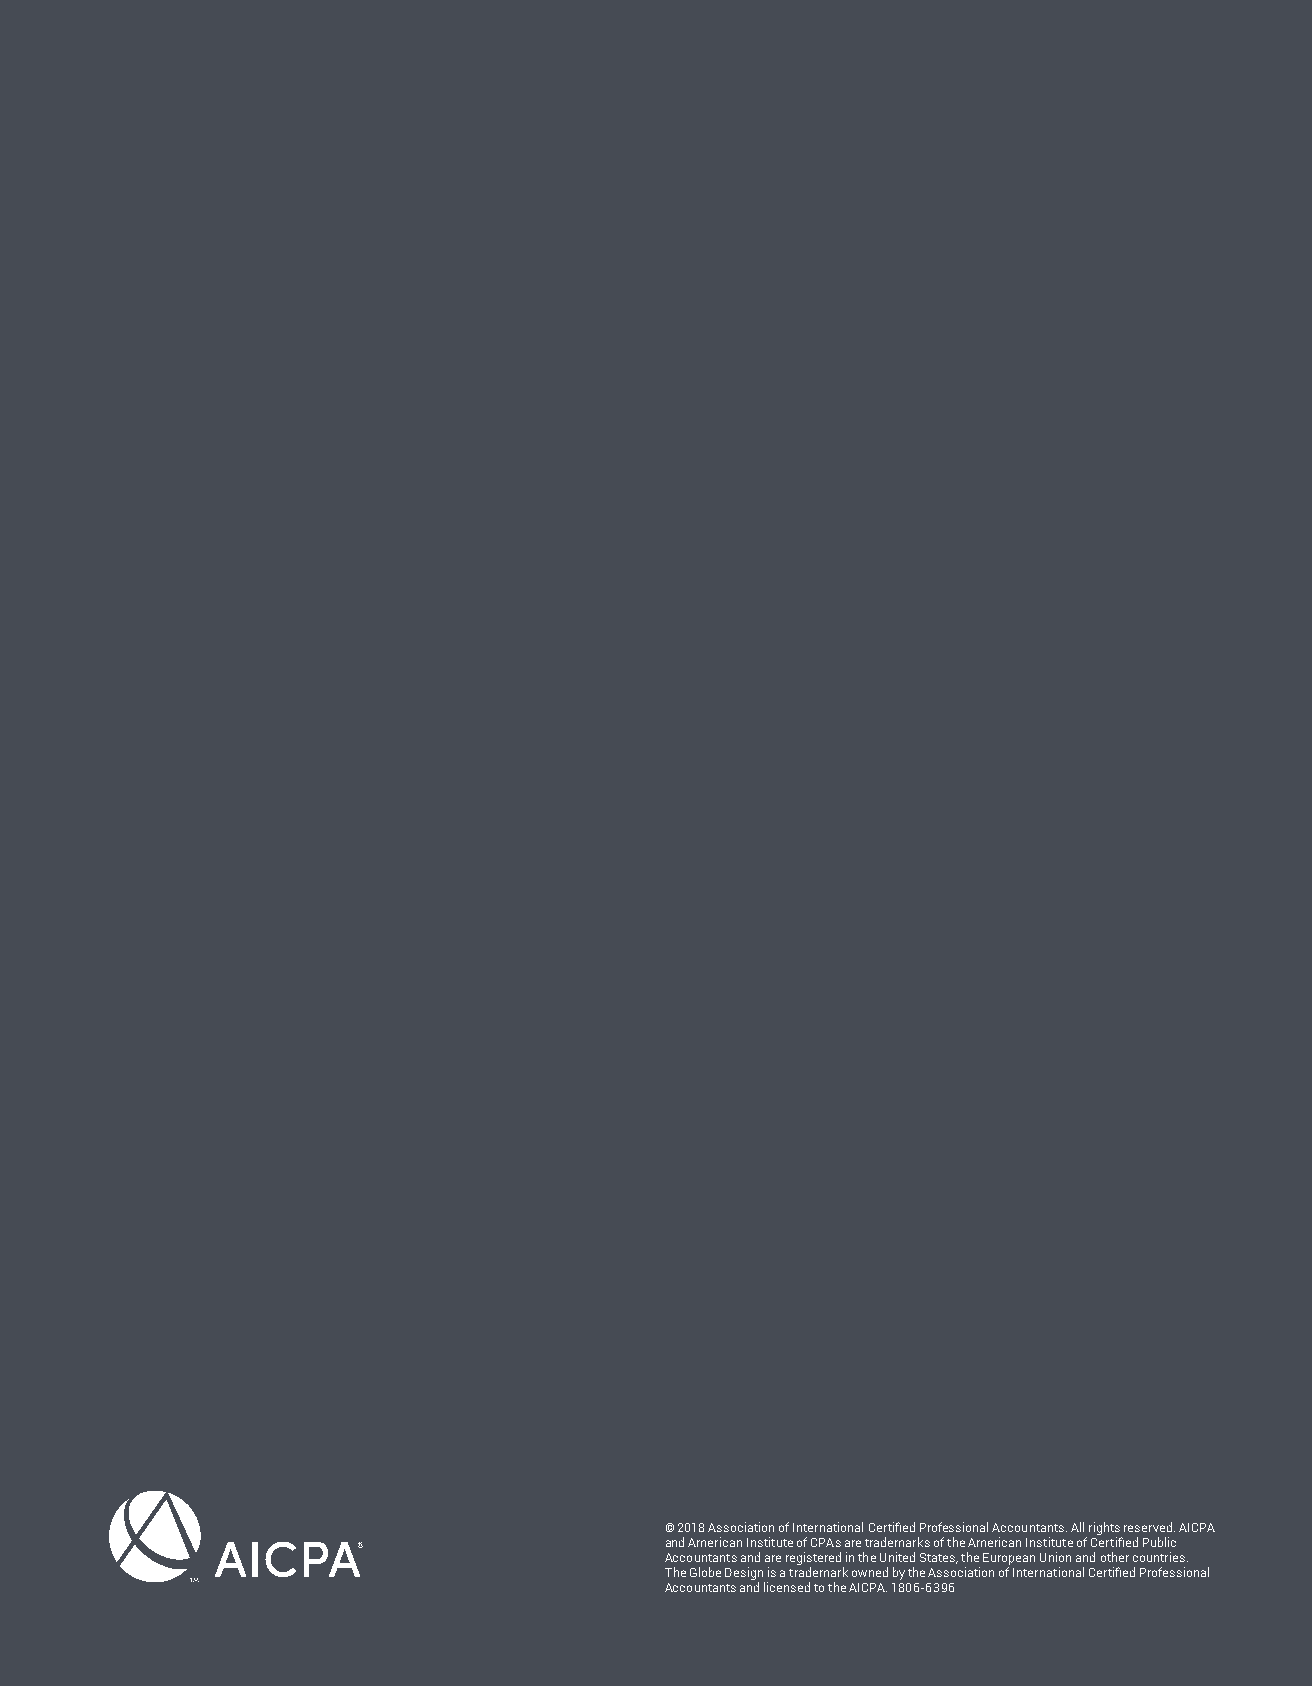
© 2018 Association of International Certified Professional Accountants. All rights reserved. AICPA
 and American Institute of CPAs are trademarks of the American Institute of Certified Public
 Accountants and are registered in the United States, the European Union and other countries.
 The Globe Design is a trademark owned by the Association of International Certified Professional
 Accountants and licensed to the AICPA. 1806-6396
 1806-6396 NFP Frank Jakosz-Case Study 2018.indd 4                           7/18/18 12:05 PM